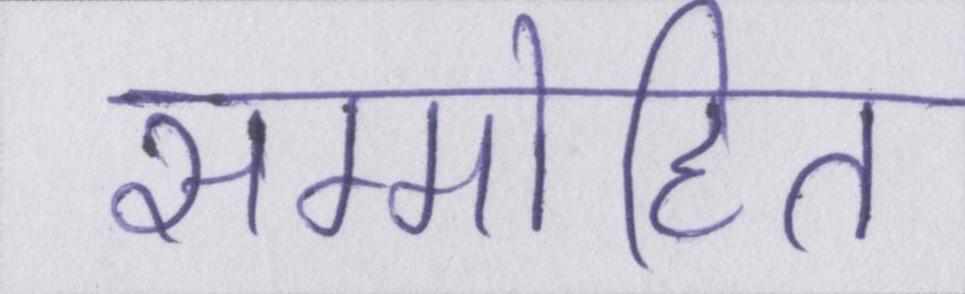
सम्मोहित